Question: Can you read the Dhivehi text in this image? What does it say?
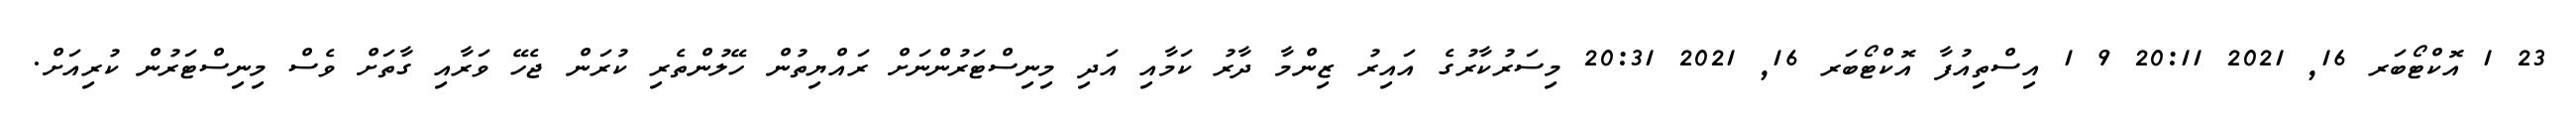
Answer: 23 1 އޮކްޓޯބަރ 16, 2021 20:11 9 1 އިސްތިއުފާ އޮކްޓޯބަރ 16, 2021 20:31 މިސަރުކާރުގެ އައިރު ޒިންމާ ދާރު ކަމާއި އަދި މިނިސްޓަރުންނަށް ރައްޔިތުން ހޭލުންތެރި ކުރަން ޖެހޭ ވަރާއި ގާތަށް ވެސް މިނިސްޓަރުން ކުރިއަށް.